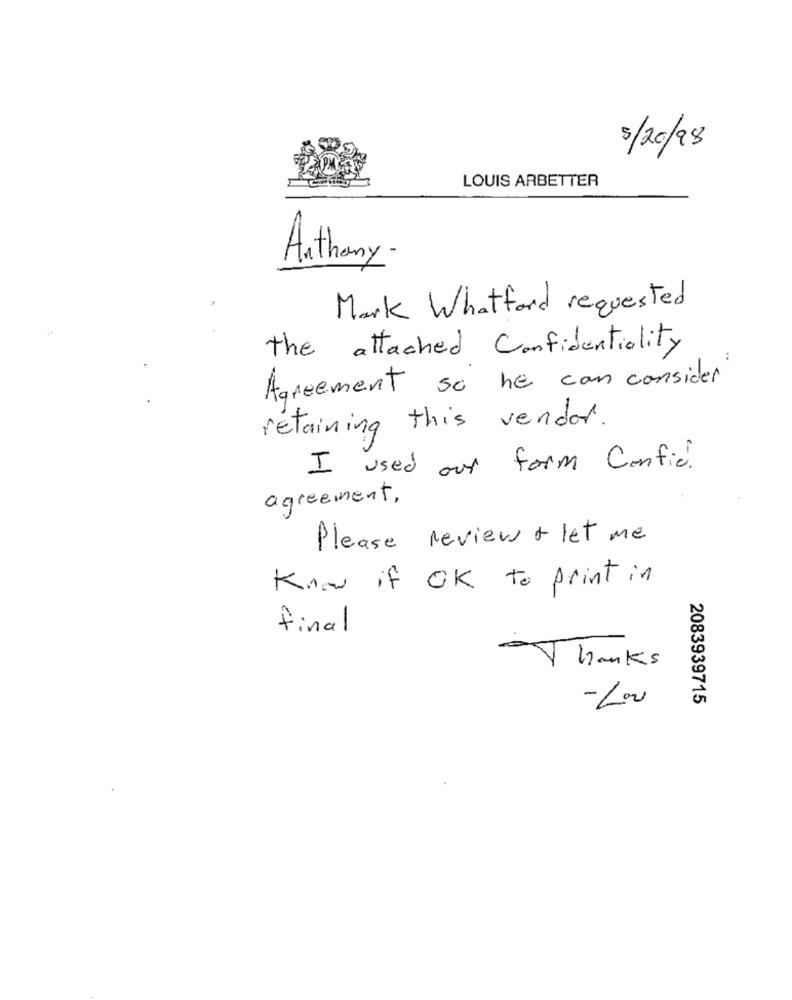
5/20/98
LOUIS ARBETTER
Anthony -
Mark Whatford requested
the attached Confidentiality
Agreement so he can consider
retaining this vendor.
I used our form Confid.
agreement.
Please review + let me
Know if OK to print in
final
hanks
-Lou
2083939715